Leaving Certificate Examination (including Day School Certificate (Higher) General paper), 1928
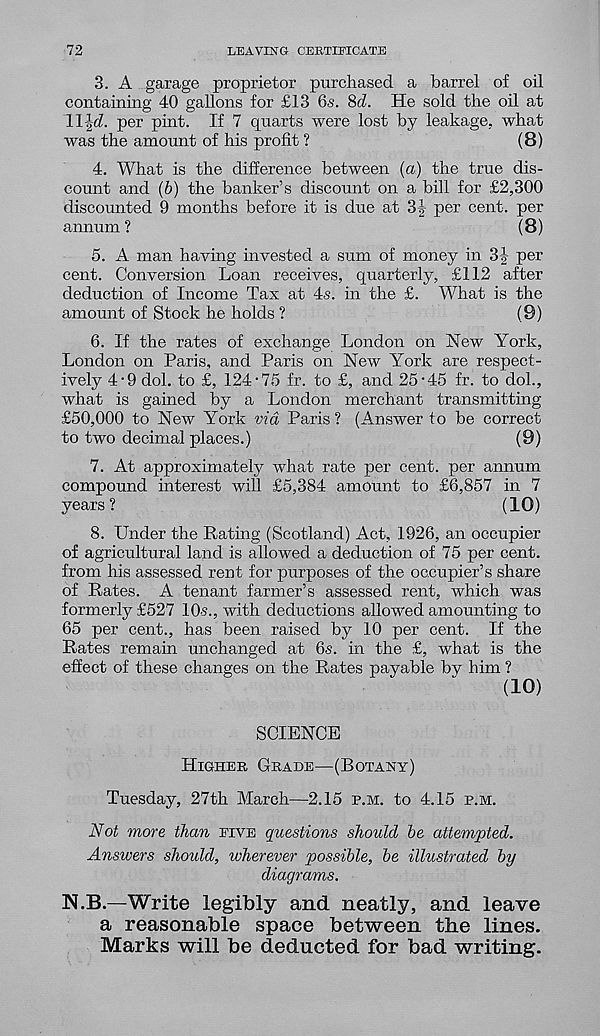
72
LEAVING CERTIFICATE
3. A garage proprietor purchased a barrel of oil
containing 40 gallons for £13 6-5. Sri. He sold the oil at
ll|d. per pint. If 7 quarts were lost by leakage, what
was the amount of his profit ?
(8)
4. What is the difference between (a) the true dis-
count and (b) the banker’s discount on a bill for £2,300
discounted 9 months before it is due at 3| per cent, per
annum ?
(8)
5. A man having invested a sum of money in 3|- per
cent. Conversion Loan receives, quarterly, £112 after
deduction of Income Tax at 4s. in the £. What is the
amount of Stock he holds ?
(9)
6. If the rates of exchange London on New York,
London on Paris, and Paris on New York are respect-
ively 4-9 dol. to £, 124-75 fr. to £, and 25-45 fr. to dol.,
what is gained by a London merchant transmitting
£50,000 to New York via Paris ? (Answer to be correct
to two decimal places.)
(9)
7. At approximately what rate per cent, per annum
compound interest will £5,384 amount to £6,857 in 7
years ?
(10)
8. Under the Rating (Scotland) Act, 1926, an occupier
of agricultural land is allowed a deduction of 75 per cent,
from his assessed rent for purposes of the occupier’s share
of Rates. A tenant farmer’s assessed rent, which was
formerly £527 10-s., with deductions allowed amounting to
65 per cent., has been raised by 10 per cent. If the
Rates remain unchanged at 6s. in the £, what is the
effect of these changes on the Rates payable by him ?
(10)
SCIENCE
Higher Grade—(Botany)
Tuesday, 27th March—2.15 p.m. to 4.15 p.m.
Not more than five questions should be attempted.
Answers should, wherever possible, be illustrated by
diagrams.
N.B.—Write legibly and neatly, and leave
a reasonable space between the lines.
Marks will be deducted for bad writing.